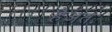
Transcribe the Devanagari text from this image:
हैअतः